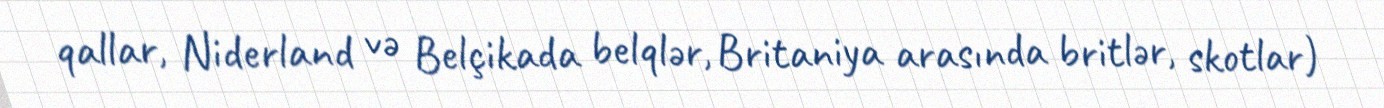
qallar, Niderland və Belçikada belqlər, Britaniya arasında britlər, skotlar)